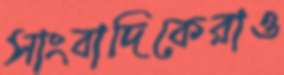
সাংবাদিকেরাও